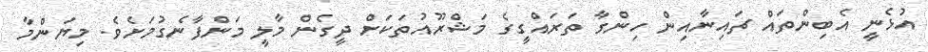
އުޅެނީ އެބިންތައް ޗައިނާއިން ހިންގާ ތަރައްގީގެ މަޝްރޫއުތަކަށް ދީގެން މާލީ މަންފާނެގުމަށެވެ. މިޔަންމާ